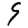
Digit: 9